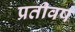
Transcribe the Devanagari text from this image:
प्रतीवर्ष